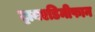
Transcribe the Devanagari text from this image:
ट्रायएडिमीफान